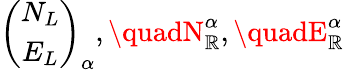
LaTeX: \left(\begin{array}{c}{{N_{L}}}\\ {{E_{L}}}\end{array}\right)_{\alpha},\quadN_{\mathbb{R}}^{\alpha},\quadE_{\mathbb{R}}^{\alpha}